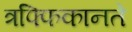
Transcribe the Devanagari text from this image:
त्रफ्फिकानते